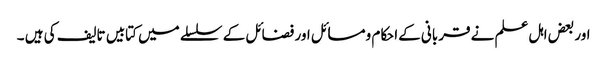
اور بعض اہل علم نے قربانی کےاحکام ومسائل اور فضائل کے سلسلے میں کتابیں تالیف کی ہیں ۔